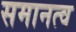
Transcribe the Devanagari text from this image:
समानत्व